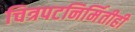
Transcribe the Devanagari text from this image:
चित्रपटनिर्मितीही